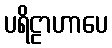
ပရိဠာဟာပေ